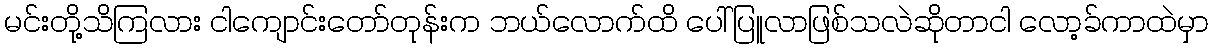
မင်းတို့သိကြလား ငါကျောင်းတော်တုန်းက ဘယ်လောက်ထိ ပေါ်ပြူလာဖြစ်သလဲဆိုတာငါ လော့ခ်ကာထဲမှာ